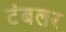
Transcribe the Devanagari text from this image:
टंबलर